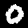
Label: 0